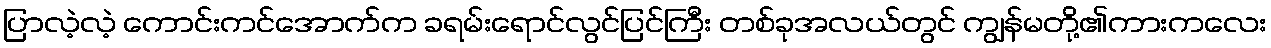
ပြာလဲ့လဲ့ ကောင်းကင်အောက်က ခရမ်းရောင်လွင်ပြင်ကြီး တစ်ခုအလယ်တွင် ကျွန်မတို့၏ကားကလေး